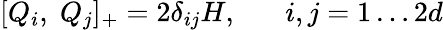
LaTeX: [Q_{i},\; Q_{j}]_{+}=2\delta_{ij}H,\; \; \; \; \; \; i,j=1\ldots 2d